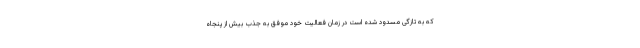
که به تازگی مسدود شده است در زمان فعالیت خود موفق به جذب بیش از پنجاه